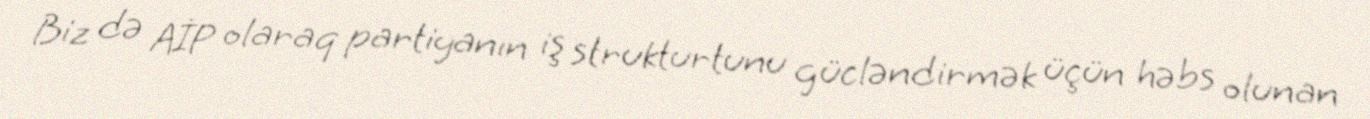
Biz də AİP olaraq partiyanın iş strukturtunu gücləndirmək üçün həbs olunan